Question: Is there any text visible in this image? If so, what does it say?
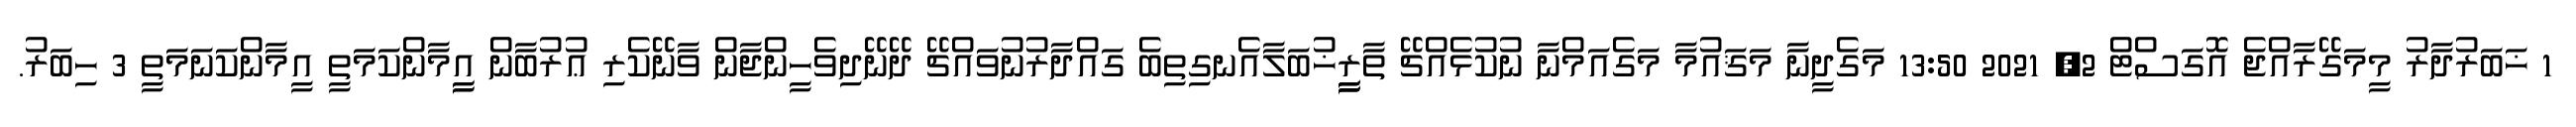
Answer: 1 ޚަބަރުދާރު މީމަގޭރާއްޖެ އޮގަސްޓް 2, 2021 13:50 މަގެދީނާ މަޤައުމާ މަގެއަމްނާ ނުކުޅެއްޗޭ ތާރީީީީޚުބަލާއެނގިތިބެ ގައްދާރުނުވައްޗޭ ދޭނޭދިވެހީންޖާން ވާނޭކެރި ޢުރުބާން އީީމާންކަމަތީ އީމާންކަނަމަތީ 3 ހިބަރު.